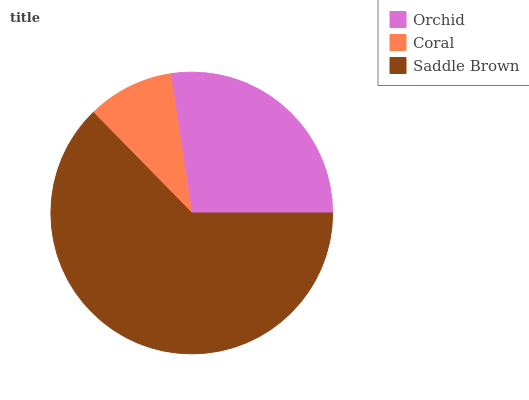
| Orchid | Coral | Saddle Brown |
 | --- | --- | --- |
 | 27.4% | 9.93% | 62.7% |